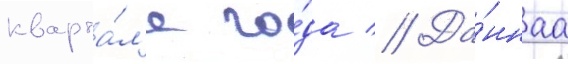
кварта́л'е го́да // Да́ннаа